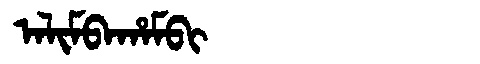
Manchu: ᠠᠯᡳᠮᠪᠠᡥᠠᠮᠪᡳ
Romanization: ALIMBAHAMBI